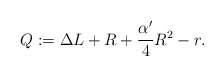
\begin{align*}Q:=\Delta L+R+\frac{\alpha'}{4}R^2-r.\end{align*}